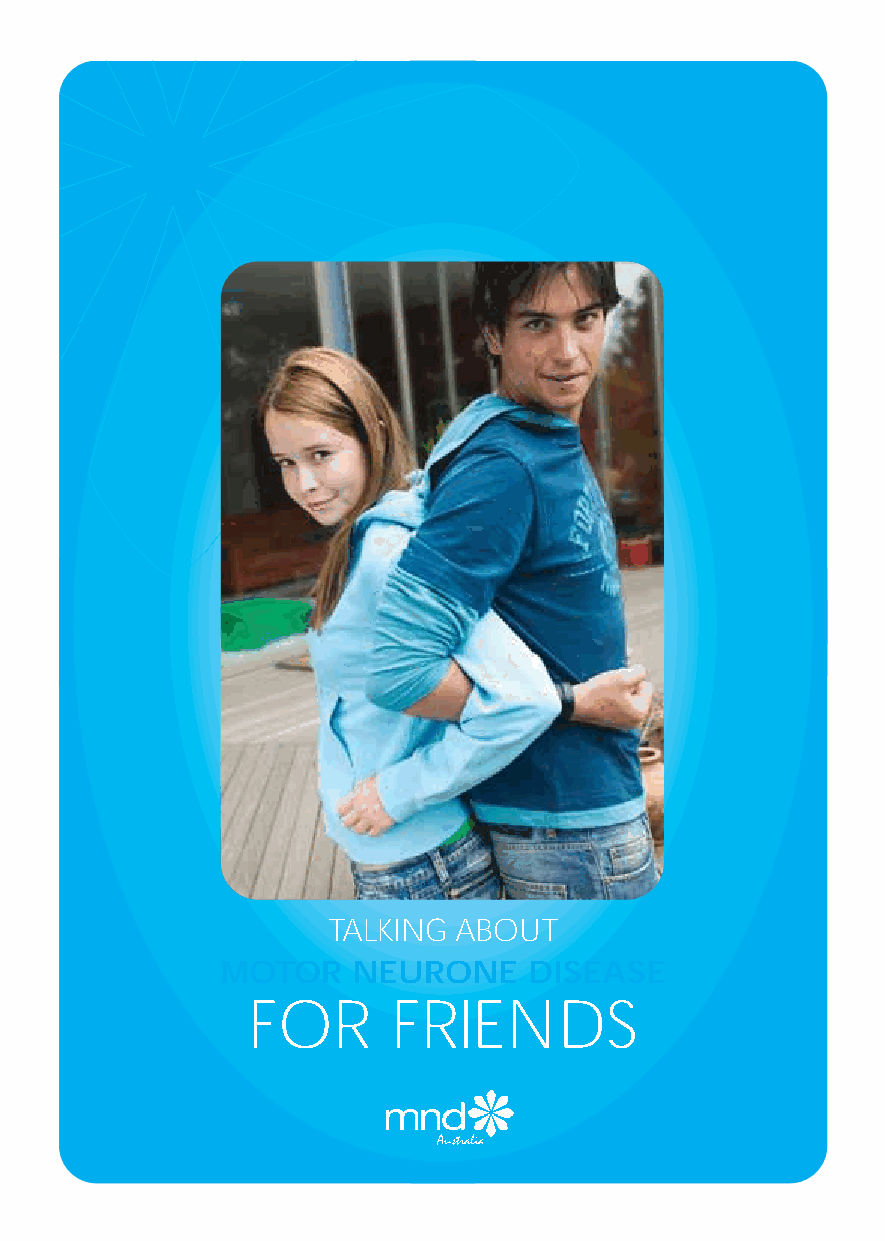
MND Friends A5 4/7/08 4:28pm Page 1
 TALKING  ABOUT
 MOTOR    NEURONE     DISEASE
 FOR       FRIENDS